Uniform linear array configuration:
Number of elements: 32
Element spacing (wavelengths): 1
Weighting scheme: blackman
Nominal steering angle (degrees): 60
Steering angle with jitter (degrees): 60.729
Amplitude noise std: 0.05
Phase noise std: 0.05

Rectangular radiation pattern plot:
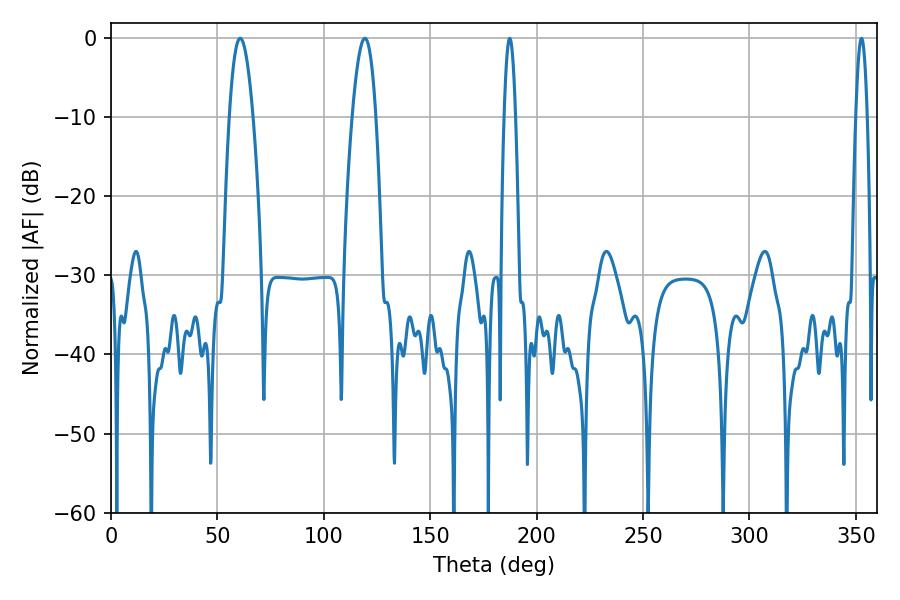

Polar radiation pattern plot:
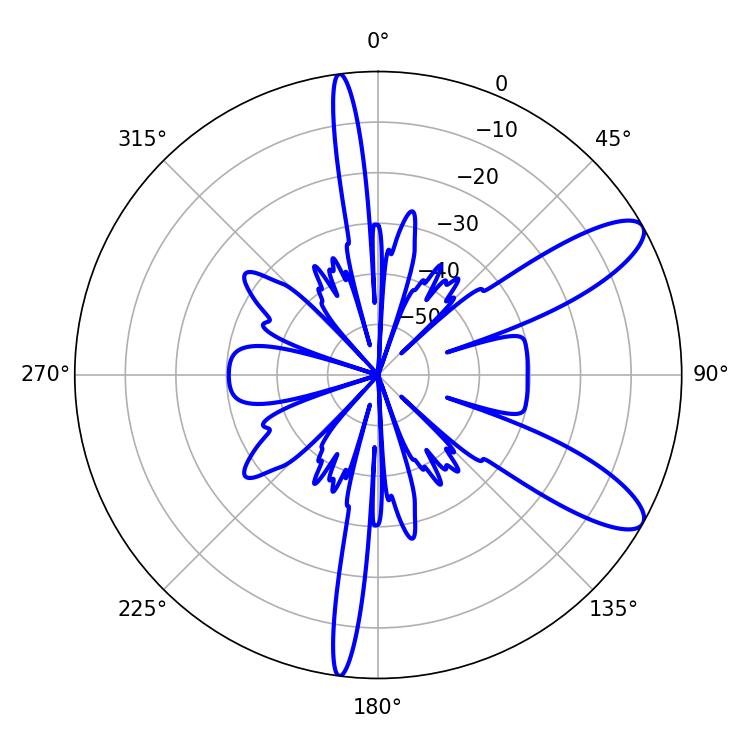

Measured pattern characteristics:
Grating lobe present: TRUE
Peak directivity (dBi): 10.302
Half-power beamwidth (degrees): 6.12
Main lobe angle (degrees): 60.66